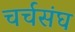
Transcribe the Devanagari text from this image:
चर्चसंघ